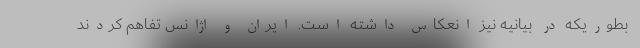
بطوریکه در بیانیه نیز انعکاس داشته است. ایران و اژانس تفاهم کردند